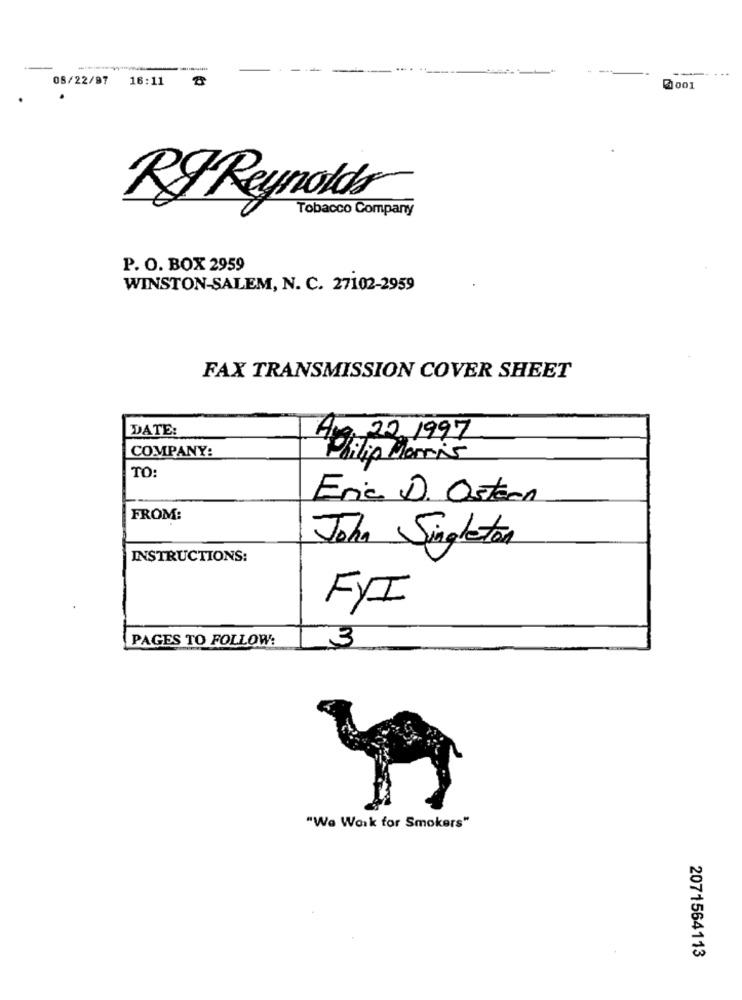
05/22/97
16:11
5 001
RF Reynolds
Tobacco Company
P. O. BOX 2959
WINSTON-SALEM, N. C. 27102-2959
FAX TRANSMISSION COVER SHEET
DATE:
Am. 22.1997
COMPANY:
Philip Morris
TO:
Eric D. Ostern
FROM:
John Singleton
INSTRUCTIONS:
FYI
PAGES TO FOLLOW:
3
"We Work for Smokers"
2071564113